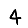
Digit: 4